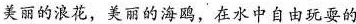
美丽的浪花，美丽的海鸥，在水中自由玩耍的